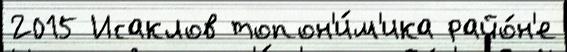
2015 Исаклов топон'и́м'ика райо́н'е